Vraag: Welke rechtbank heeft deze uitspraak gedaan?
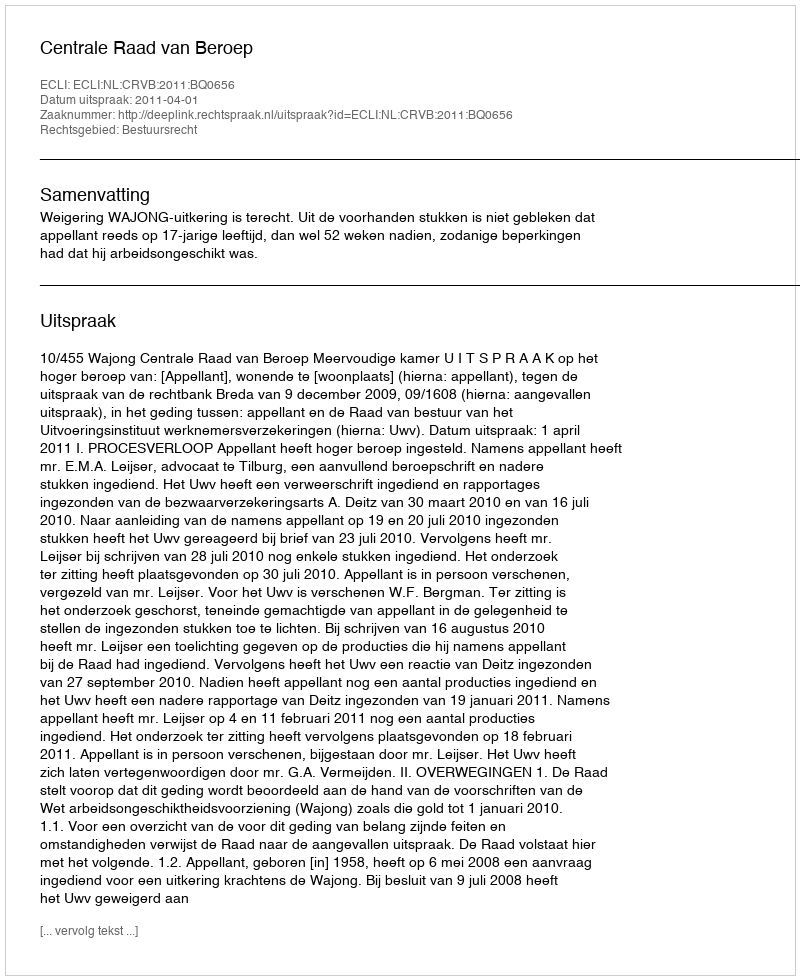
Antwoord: Centrale Raad van Beroep